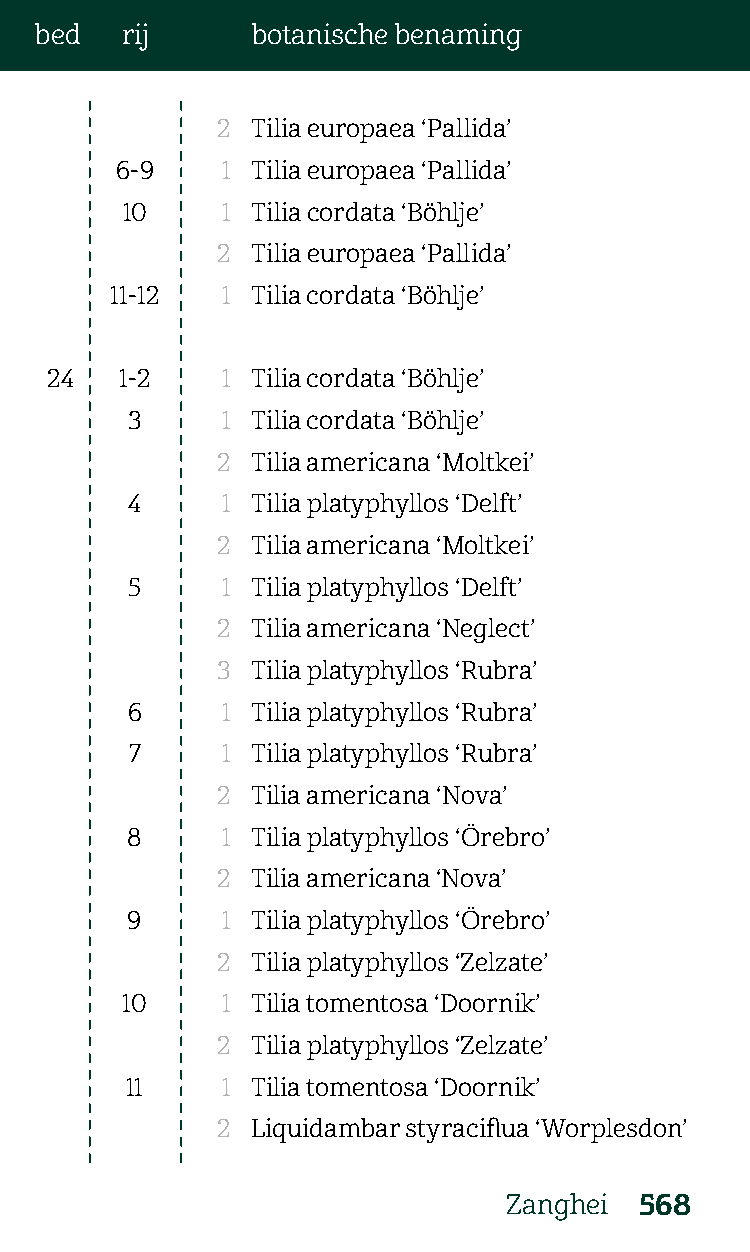
bed   rij      botanische benaming
 2  Tilia europaea ‘Pallida’
 6-9    1 Tilia europaea ‘Pallida’
 10     1 Tilia cordata ‘Böhlje’
 2  Tilia europaea ‘Pallida’
 11-12   1 Tilia cordata ‘Böhlje’
 24   1-2    1 Tilia cordata ‘Böhlje’
 3      1 Tilia cordata ‘Böhlje’
 2  Tilia americana ‘Moltkei’
 4      1 Tilia platyphyllos ‘Delft’
 2  Tilia americana ‘Moltkei’
 5      1 Tilia platyphyllos ‘Delft’
 2  Tilia americana ‘Neglect’
 3  Tilia platyphyllos ‘Rubra’
 6      1 Tilia platyphyllos ‘Rubra’
 7     1 Tilia platyphyllos ‘Rubra’
 2  Tilia americana ‘Nova’
 8      1 Tilia platyphyllos ‘Örebro’
 2  Tilia americana ‘Nova’
 9      1 Tilia platyphyllos ‘Örebro’
 2  Tilia platyphyllos ‘Zelzate’
 10     1 Tilia tomentosa ‘Doornik’
 2  Tilia platyphyllos ‘Zelzate’
 11     1 Tilia tomentosa ‘Doornik’
 2  Liquidambar styraciflua ‘Worplesdon’
 Zanghei 568